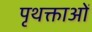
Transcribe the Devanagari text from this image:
पृथक्ताओं